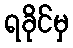
ရခိုင်မှ